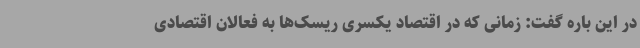
در این باره گفت: زمانی که در اقتصاد یکسری ریسک‌ها به فعالان اقتصادی